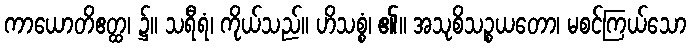
ကာယောတိဧတ္ထ၊ ၌။ သရီရံ၊ ကိုယ်သည်။ ဟိသစ္စံ၊ ၏။ အသုစိသဉ္စယတော၊ မစင်ကြယ်သော